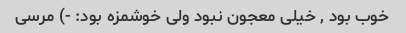
خوب بود , خیلی معجون نبود ولی خوشمزه بود: -) مرسی